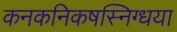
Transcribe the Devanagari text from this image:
कनकनिकषस्निग्धया